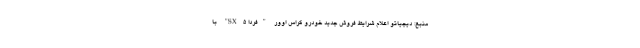
منبع: دیجیاتو اعلام شرایط فروش جدید خودرو کراس اوور "فردا SX5" با